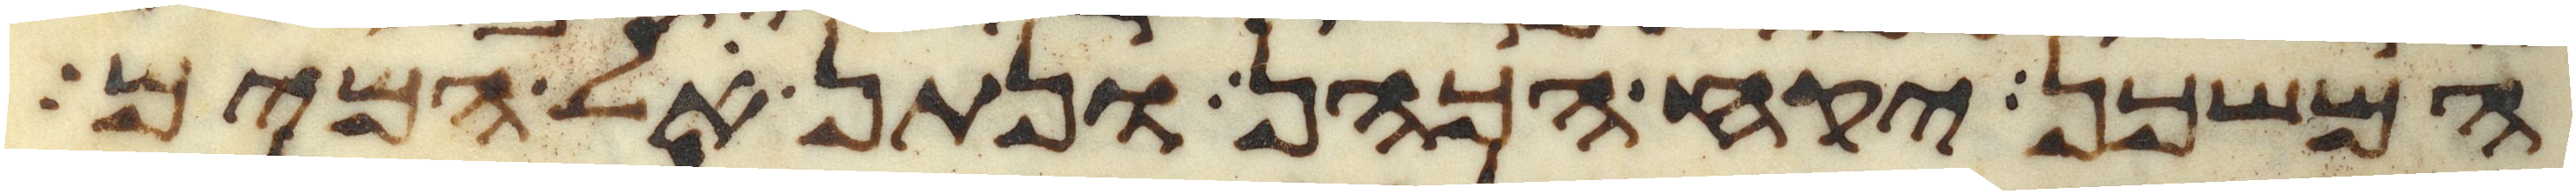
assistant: המשכן יקח הכהן ונתן אל המים